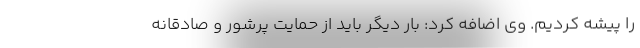
را پیشه کردیم. وی اضافه کرد: بار دیگر باید از حمایت پرشور و صادقانه